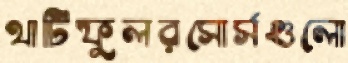
থাটিফুলরসোর্সগুলো